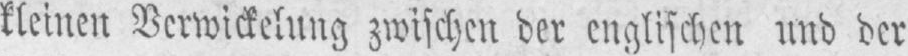
kleinen Verwickelung zwischen der englischen und der